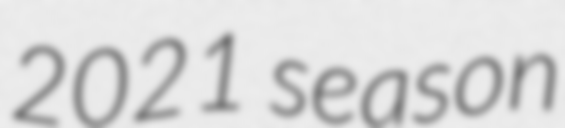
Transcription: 2021 season